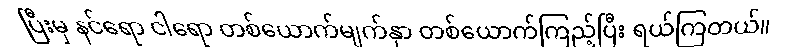
ပြီးမှ နင်ရော ငါရော တစ်ယောက်မျက်နှာ တစ်ယောက်ကြည့်ပြီး ရယ်ကြတယ်။